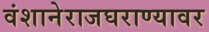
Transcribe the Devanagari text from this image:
वंशानेराजघराण्यावर